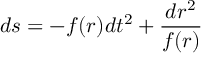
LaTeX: d s = - f ( r ) d t ^ { 2 } + \frac { d r ^ { 2 } } { f ( r ) }